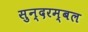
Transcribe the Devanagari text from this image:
सुन्दरम्बल